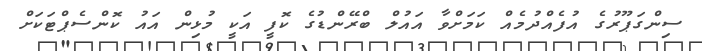
ސިންގަޕޫރުގެ އުފެއްދުމެއް ކަމަށްވާ އައުލް ބްރޭންޑުގެ ކޮފީ އަކީ މުޅިން އައު ކޮންސެޕްޓަކަށް